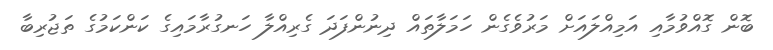
ބޮން ގޮއްވުމާއި އަމިއްލައަށް މަރުވެގެން ހަމަލާތައް ދިނުންފަދަ ގެރިއްލާ ހަނގުރާމައިގެ ކަންކަމުގެ ތަޖުރިބާ